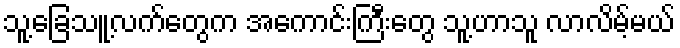
သူ့ခြေသူ့လက်တွေက အကောင်းကြီးတွေ သူ့ဟာသူ လာလိမ့်မယ်